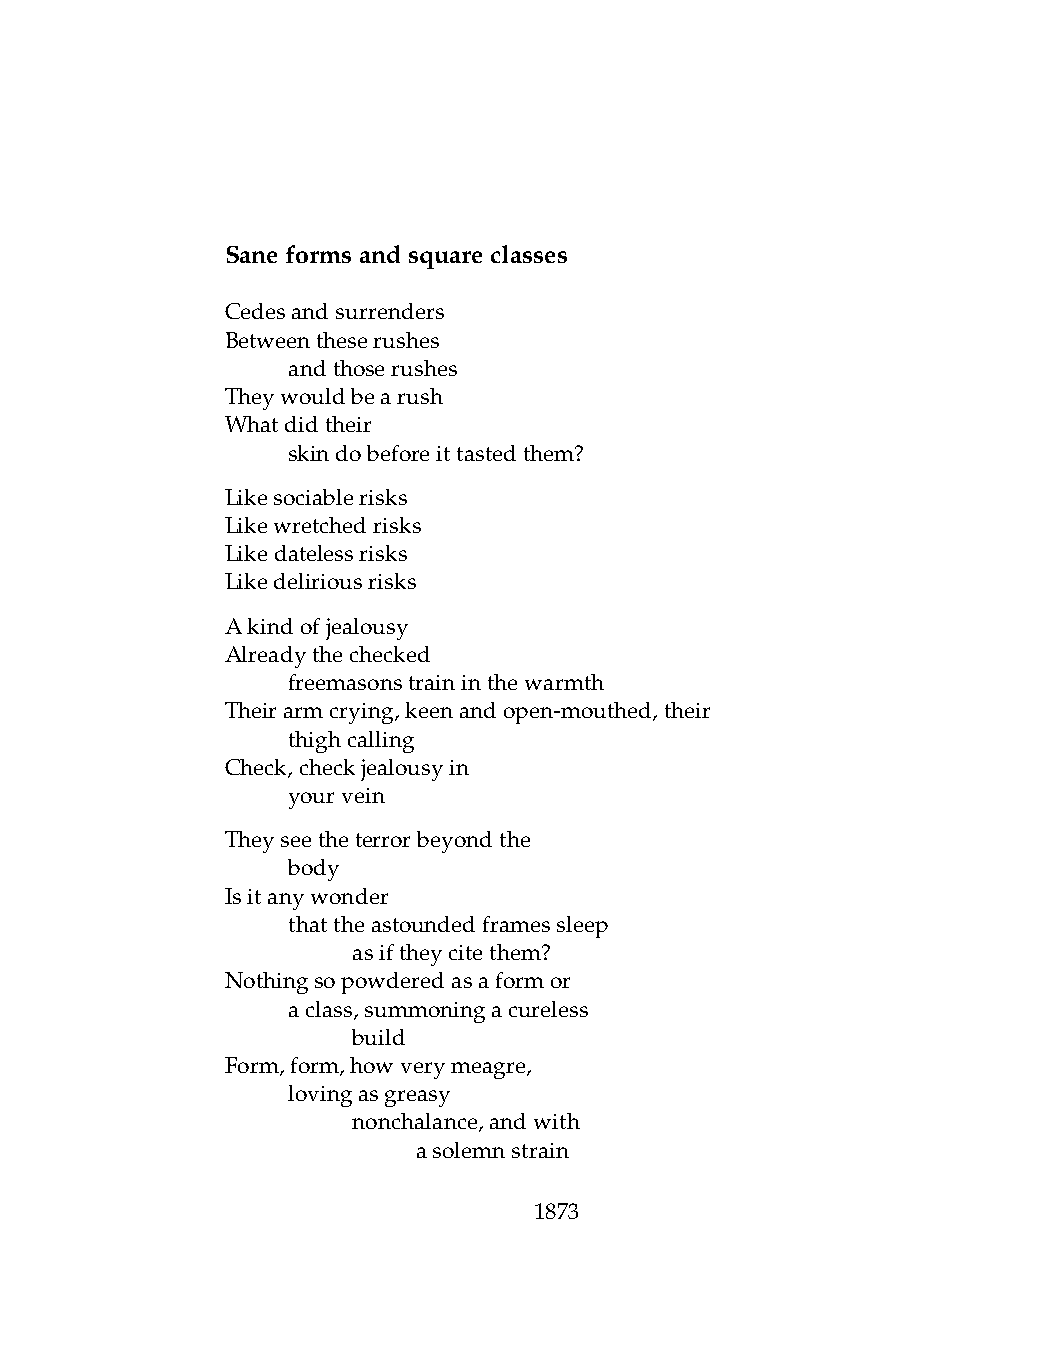
Saneformsandsquareclasses
 Cedesandsurrenders
 Betweentheserushes
 .   andthoserushes
 Theywouldbearush
 Whatdidtheir
 .   skindobeforeittastedthem?
 Likesociablerisks
 Likewretchedrisks
 Likedatelessrisks
 Likedeliriousrisks
 Akindofjealousy
 Alreadythechecked
 .   freemasonstraininthewarmth
 Theirarmcrying,keenandopen-mouthed,their
 .   thighcalling
 Check,checkjealousyin
 .   yourvein
 Theyseetheterrorbeyondthe
 .   body
 Isitanywonder
 .   thattheastoundedframessleep
 .   .   asiftheycitethem?
 Nothingsopowderedasaformor
 .   aclass,summoningacureless
 .   .   build
 Form,form,howverymeagre,
 .   lovingasgreasy
 .   .   nonchalance,andwith
 .   .   .    asolemnstrain
 1873